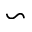
\backsim